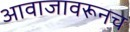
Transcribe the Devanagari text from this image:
आवाजावरूनच